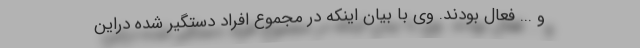
و ... فعال بودند. وی با بیان اینکه در مجموع افراد دستگیر شده دراین